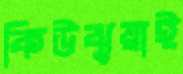
কিউঝুয়াই